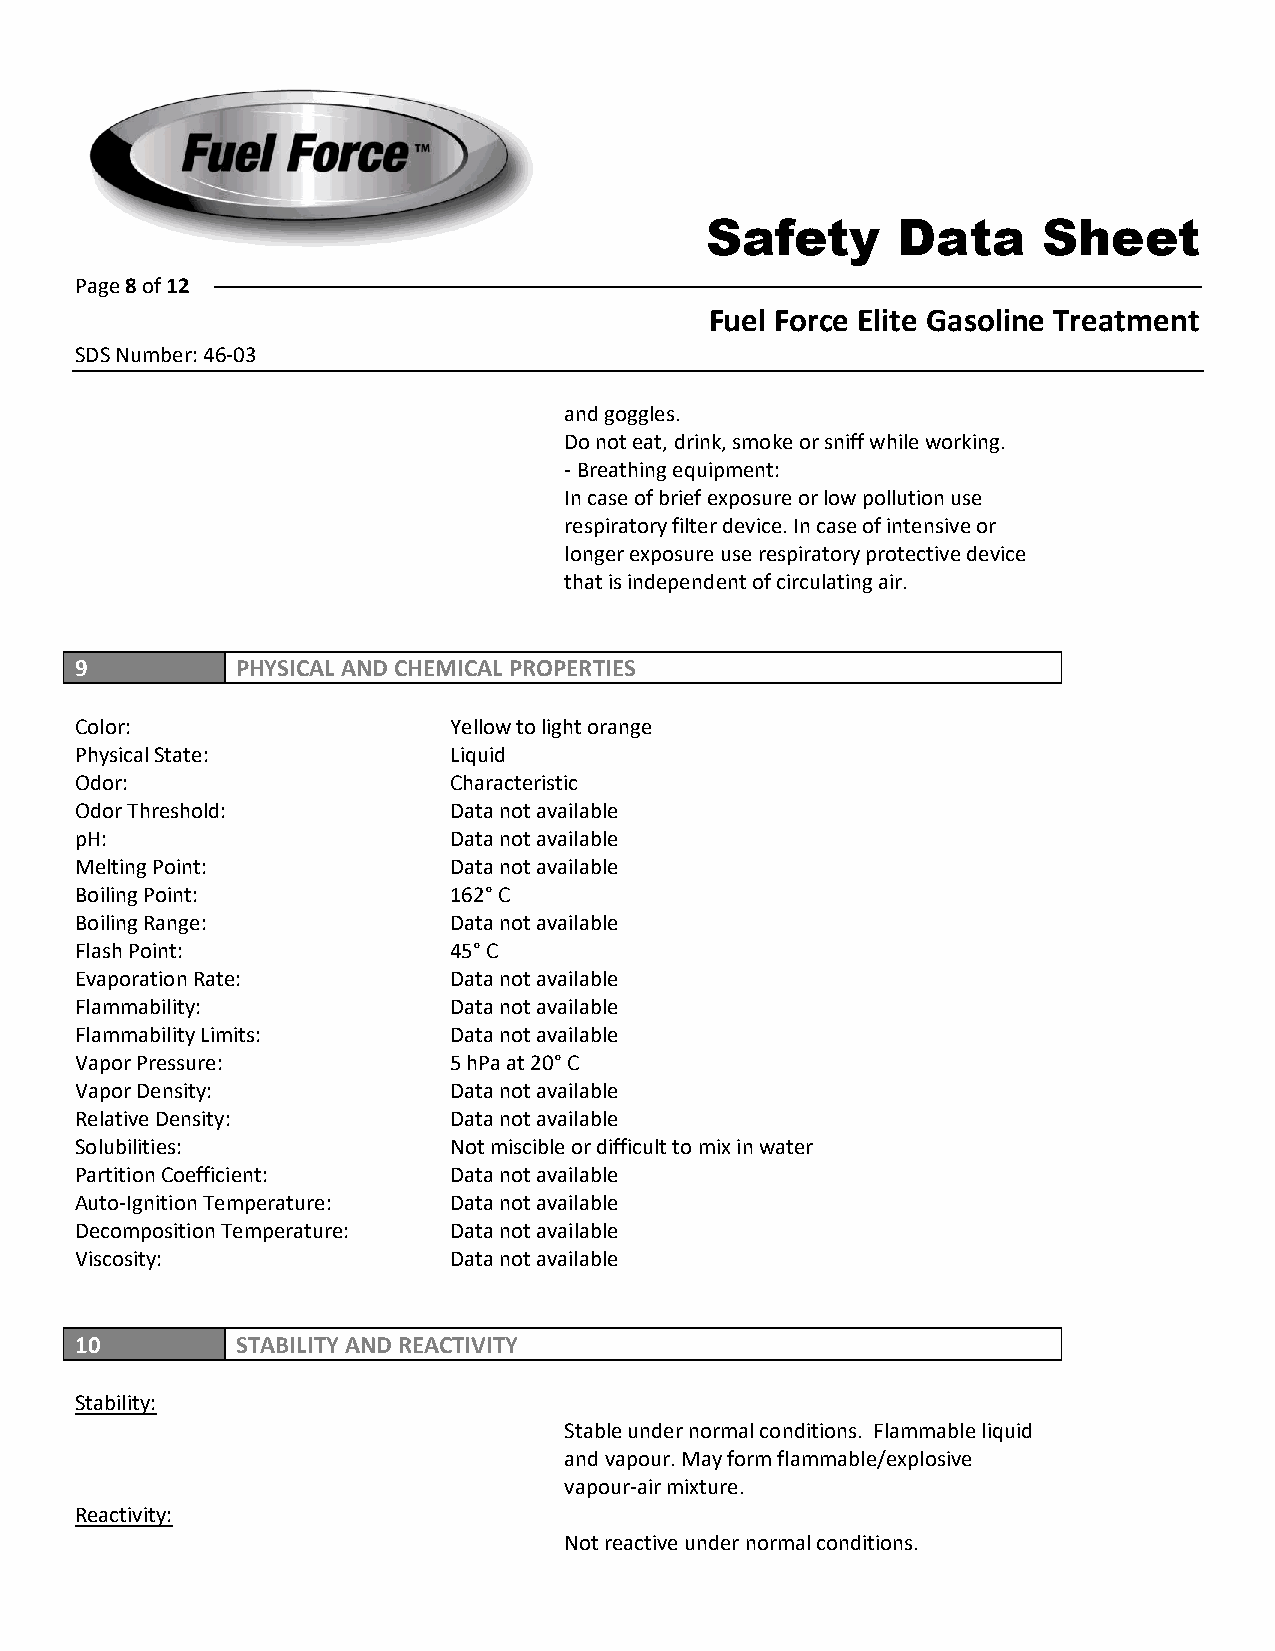
Safety      Data      Sheet
 Page 8 of 12
 Fuel Force Elite Gasoline Treatment
 SDS Number: 46-03
 and goggles.
 Do not eat, drink, smoke or sniff while working.
 -Breathing equipment:
 In case of brief exposure or low pollution use
 respiratory filter device. In case of intensive or
 longer exposure use respiratory protective device
 that is independent of circulating air.
 9          PHYSICAL AND CHEMICAL PROPERTIES
 Color:                   Yellow to light orange
 Physical State:          Liquid
 Odor:                    Characteristic
 Odor Threshold:          Data not available
 pH:                      Data not available
 Melting Point:           Data not available
 Boiling Point:           162° C
 Boiling Range:           Data not available
 Flash Point:             45° C
 Evaporation Rate:        Data not available
 Flammability:            Data not available
 Flammability Limits:     Data not available
 Vapor Pressure:          5 hPa at 20° C
 Vapor Density:           Data not available
 Relative Density:        Data not available
 Solubilities:            Not miscible or difficult to mix in water
 Partition Coefficient:   Data not available
 Auto-Ignition Temperature: Data not available
 Decomposition Temperature: Data not available
 Viscosity:               Data not available
 10         STABILITY AND REACTIVITY
 Stability:
 Stable under normal conditions. Flammable liquid
 and vapour. May form flammable/explosive
 vapour-air mixture.
 Reactivity:
 Not reactive under normal conditions.